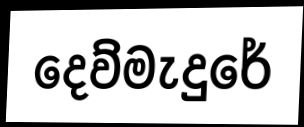
දෙව්මැදුරේ